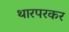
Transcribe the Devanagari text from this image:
थारपरकर